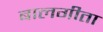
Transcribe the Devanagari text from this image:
बालगीता